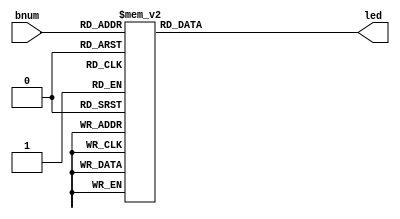
module seg7(bnum, led);

input [3:0] bnum;			//input number
output reg [0:6] led;	//output
				//I did this in reverse originally so the vector declaration is reversed instead of redoing it
always @(bnum)
	case(bnum)
		0: led = 7'b0000001;		//0
		1: led = 7'b1001111;		//1
		2: led = 7'b0010010;		//2
		3: led = 7'b0000110;		//3
		4: led = 7'b1001100;		//4
		5: led = 7'b0100100;		//5
		6: led = 7'b0100000;		//6
		7: led = 7'b0001111;		//7
		8: led = 7'b0000000;		//8
		9: led = 7'b0000100;		//9
		10: led = 7'b0001000;	//A
		11: led = 7'b1100000;	//B
		12: led = 7'b0110001;	//C
		13: led = 7'b1000010;	//D
		14: led = 7'b0110000;	//E
		15: led = 7'b0111000;	//F
		default: led = 7'b1111111;	//default off
	endcase
endmodule